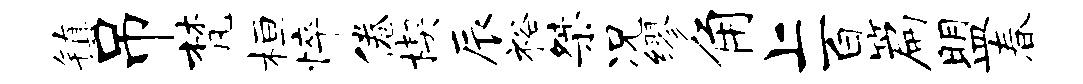
镇吊梵桓悴倦楔辰裕桀况缪角上百篇盟春